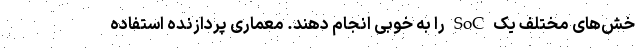
خش‌های مختلف یک SoC را به خوبی انجام دهند. معماری پردازنده استفاده